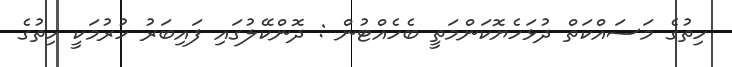
ހިތުގެ މަސައްކަތް ދުޅަހެޔޮކަންމަތީ ބެހެއްޓުން : ދޮންކޭލުގައި ފައިބަރު ހުރުމަކީ ހިތުގެ